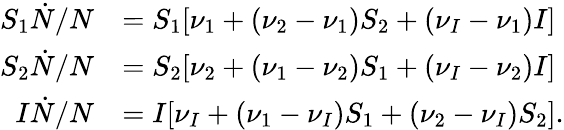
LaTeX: \begin{array}{rl}{S_{1}\dot{N}/N}&{=S_{1}[\nu_{1}+(\nu_{2}-\nu_{1})S_{2}+(\nu_{I}-\nu_{1})I]}\\ {S_{2}\dot{N}/N}&{=S_{2}[\nu_{2}+(\nu_{1}-\nu_{2})S_{1}+(\nu_{I}-\nu_{2})I]}\\ {I\dot{N}/N}&{=I[\nu_{I}+(\nu_{1}-\nu_{I})S_{1}+(\nu_{2}-\nu_{I})S_{2}].}\end{array}